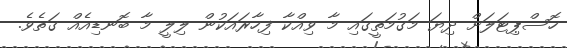
ހޮސްޕިޓަލަށް ދިޔަ މަގުމަތީގައި މާ ވިއްކާ ފިހާރައަކުން ލިލީ މާ ބޮނޑިއެއް ގަތެވެ.